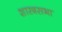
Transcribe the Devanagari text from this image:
शास्त्रसभा